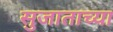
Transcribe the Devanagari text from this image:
सुजाताच्या